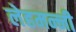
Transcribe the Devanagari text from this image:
लेहमन्नी